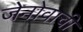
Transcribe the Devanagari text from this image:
जेनोवाची